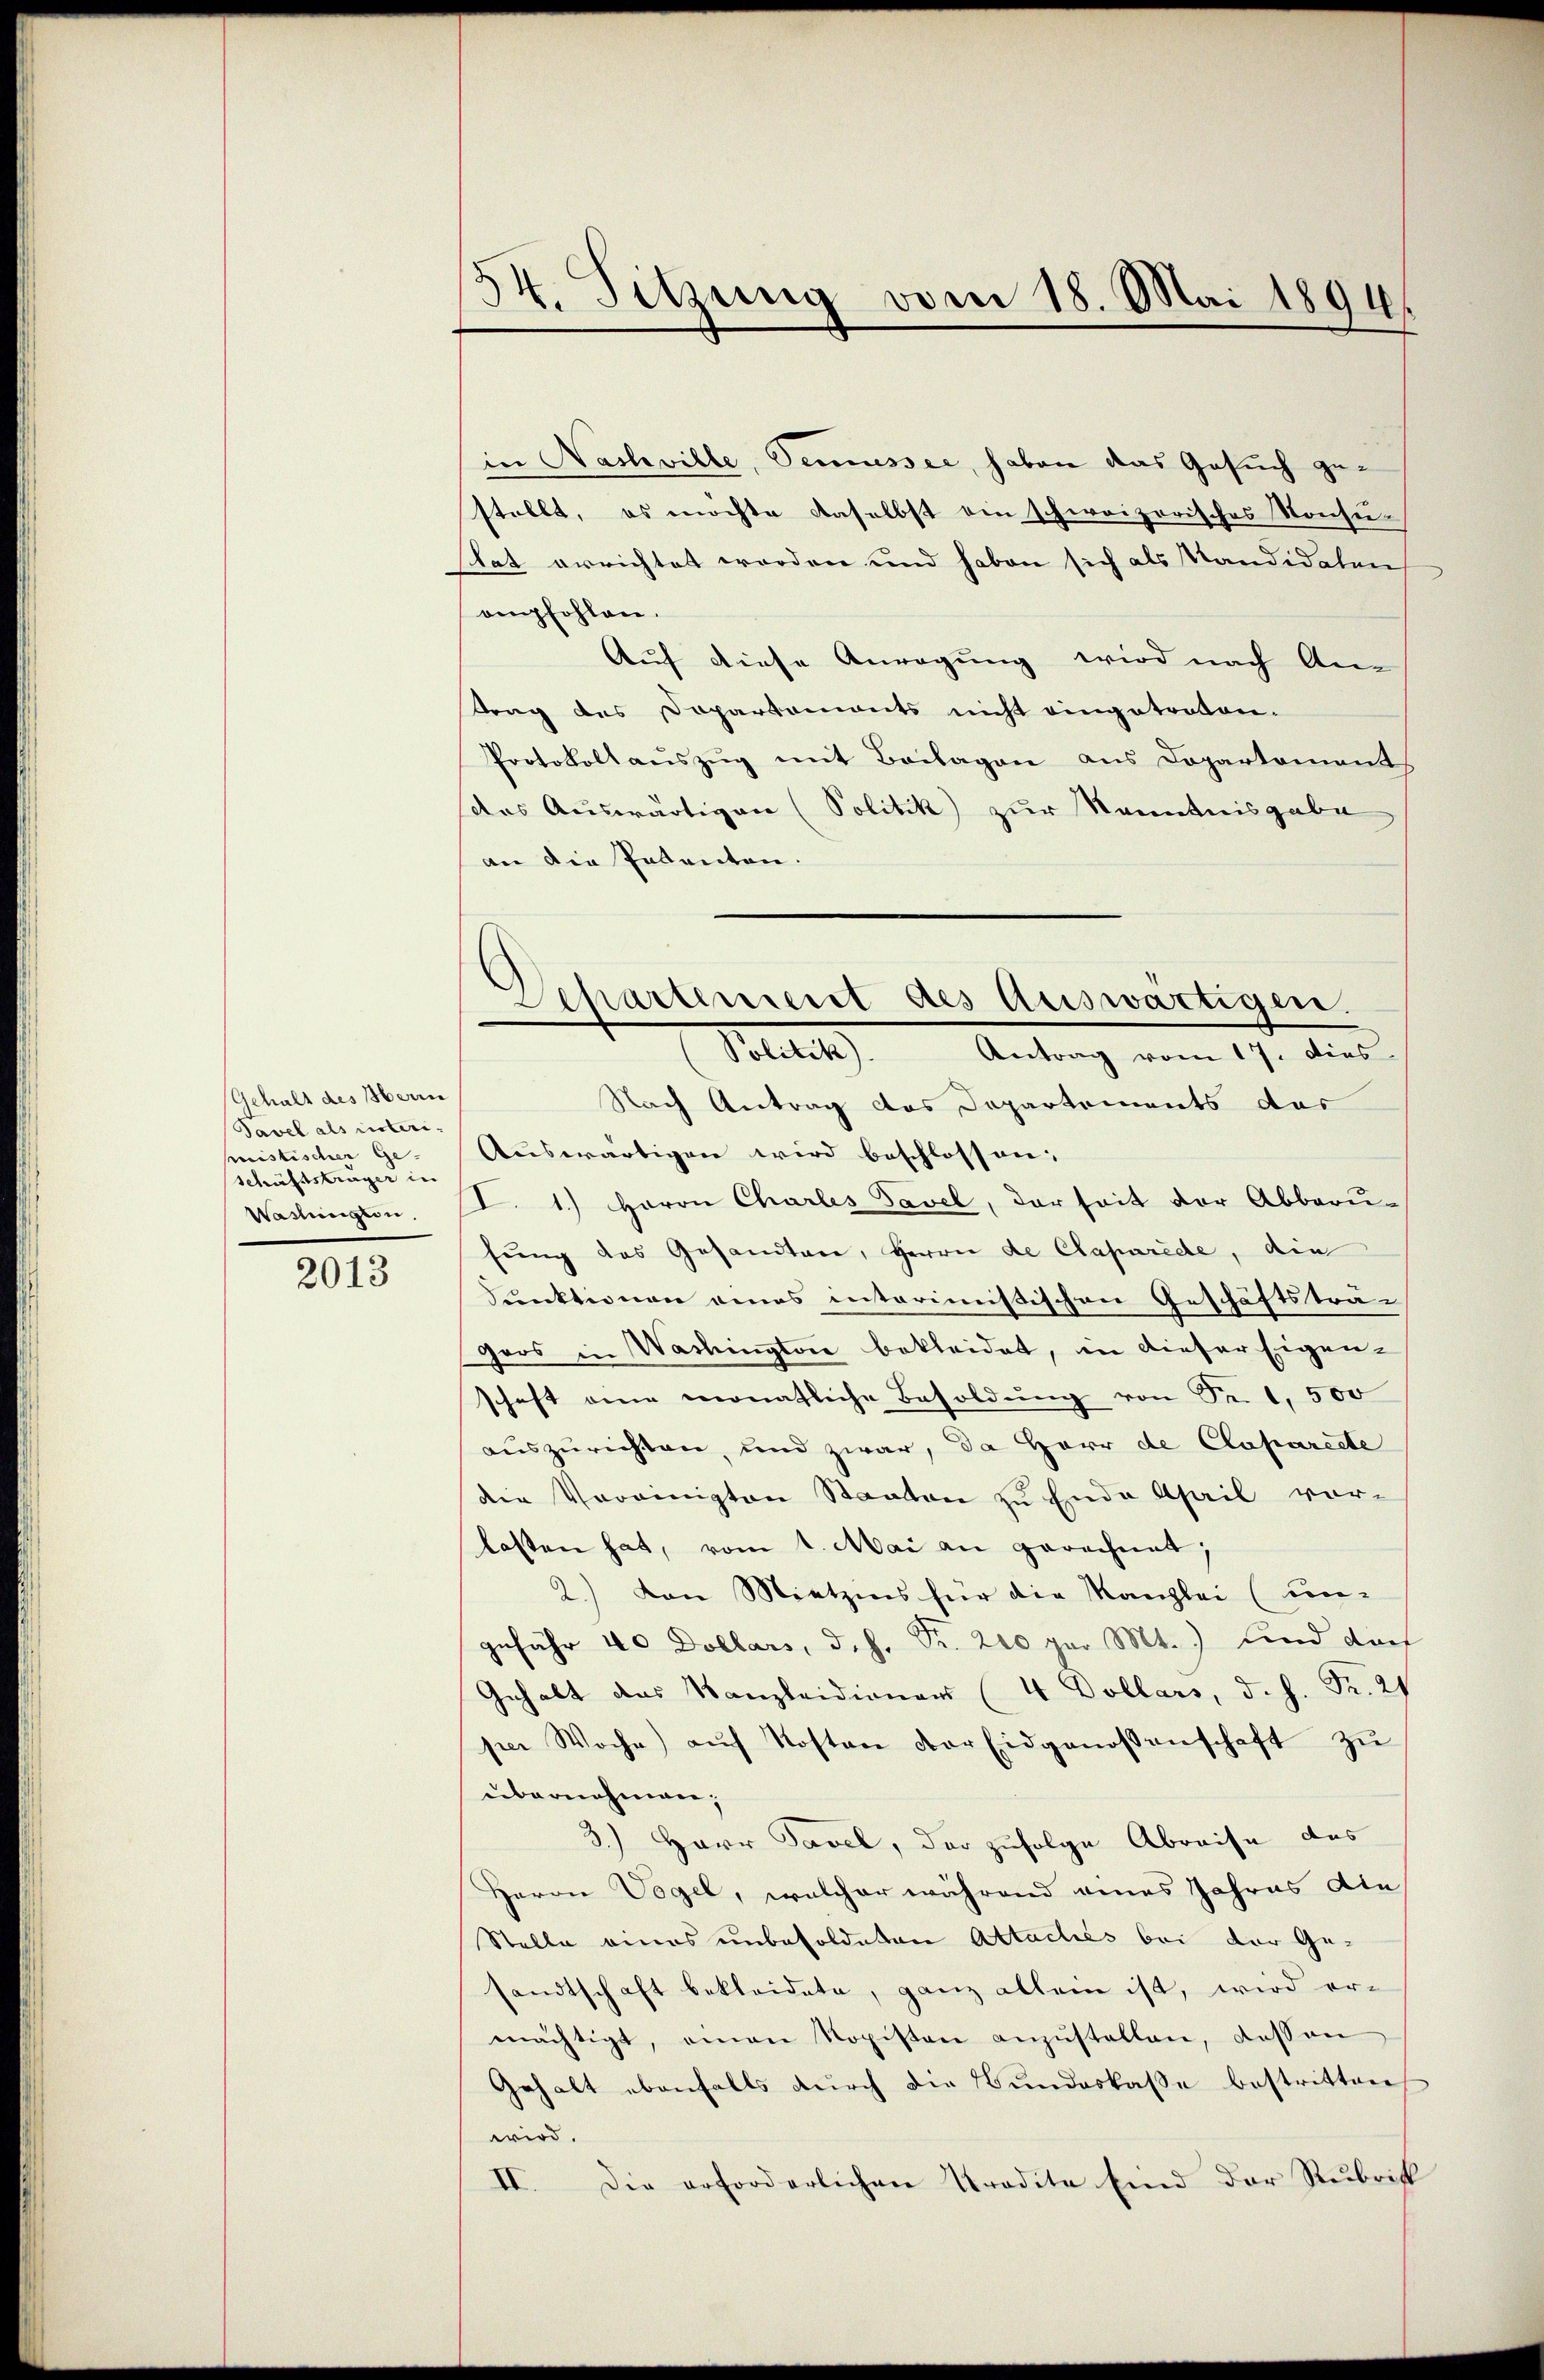
Gehalt des Herrn
Tavel als interimistischer Ge-
schäftsträger in
Waslingten.

2013

54. Sitzung vom 1
.Mai 1894

in Nashville, Semesser, haben das Gesuch gestellt, es möchte daselbst ein schweizerisches Konsustat errichtet worden und haben sich als Kandidaten
empfohlen.
Auf diese Anregung wird nach An-
trag des Dapartemonts nicht eingetreten.
Protokoll aŭszŭg mit Beilagen aus Dopartement
das Auswärtigen (Politik zur Kenntnisgabe
an die Patenten.
Nach Antrag das Departements das
Auswärtigen wird beschlossen:
I. 1.) Herrn Charles Tavel, der seit der Abbaru-
fung des Gesandten, Herrn de Claparede, die
Funktionen eines interimistischen Geschäftstra-
Gros in Washingtore bekleidet, in dieser Eigen-
schaft eine monatliche Besoldung von Seil, 500
auszurichten, und zwar, da Herr de Claparette
die Vereinigten Staaten zu Ende April vor-
lasten hat, vom 1. Mai an gerechnet,
2.) Von Mietzins für die Kanzlei (ungefähr 40 Dollars, d.h. Pr. 220 par Mt.) sind dar
Gehalt des Kanzleidionars (4 Dollars, d. h. Fr. 21
per Woche aŭf Kosten der Eidgenossenschaft zŭ
übernehmen;
3.) Herr Tavel, der zufolge Abreise des
Herrn Vogel, welcher während eines Jahres die
Stelle eines unbesoldeten Attaches bei der Ge-
sandtschaft bekleidete, ganz allein ist, wird ermächtigt, einen Kopisten anzŭstellen, dessen
Gehalt ebenfalls durch die Bundeskasse bestritten
wird.
II. Die erforderlichen Tradita sind der Rubrist

Separteriert des Auswärtigen.
(Politik. Antrag vom 17. dies